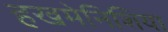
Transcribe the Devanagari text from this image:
हखमेनिशिया